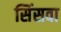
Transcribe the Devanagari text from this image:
सिंसवा